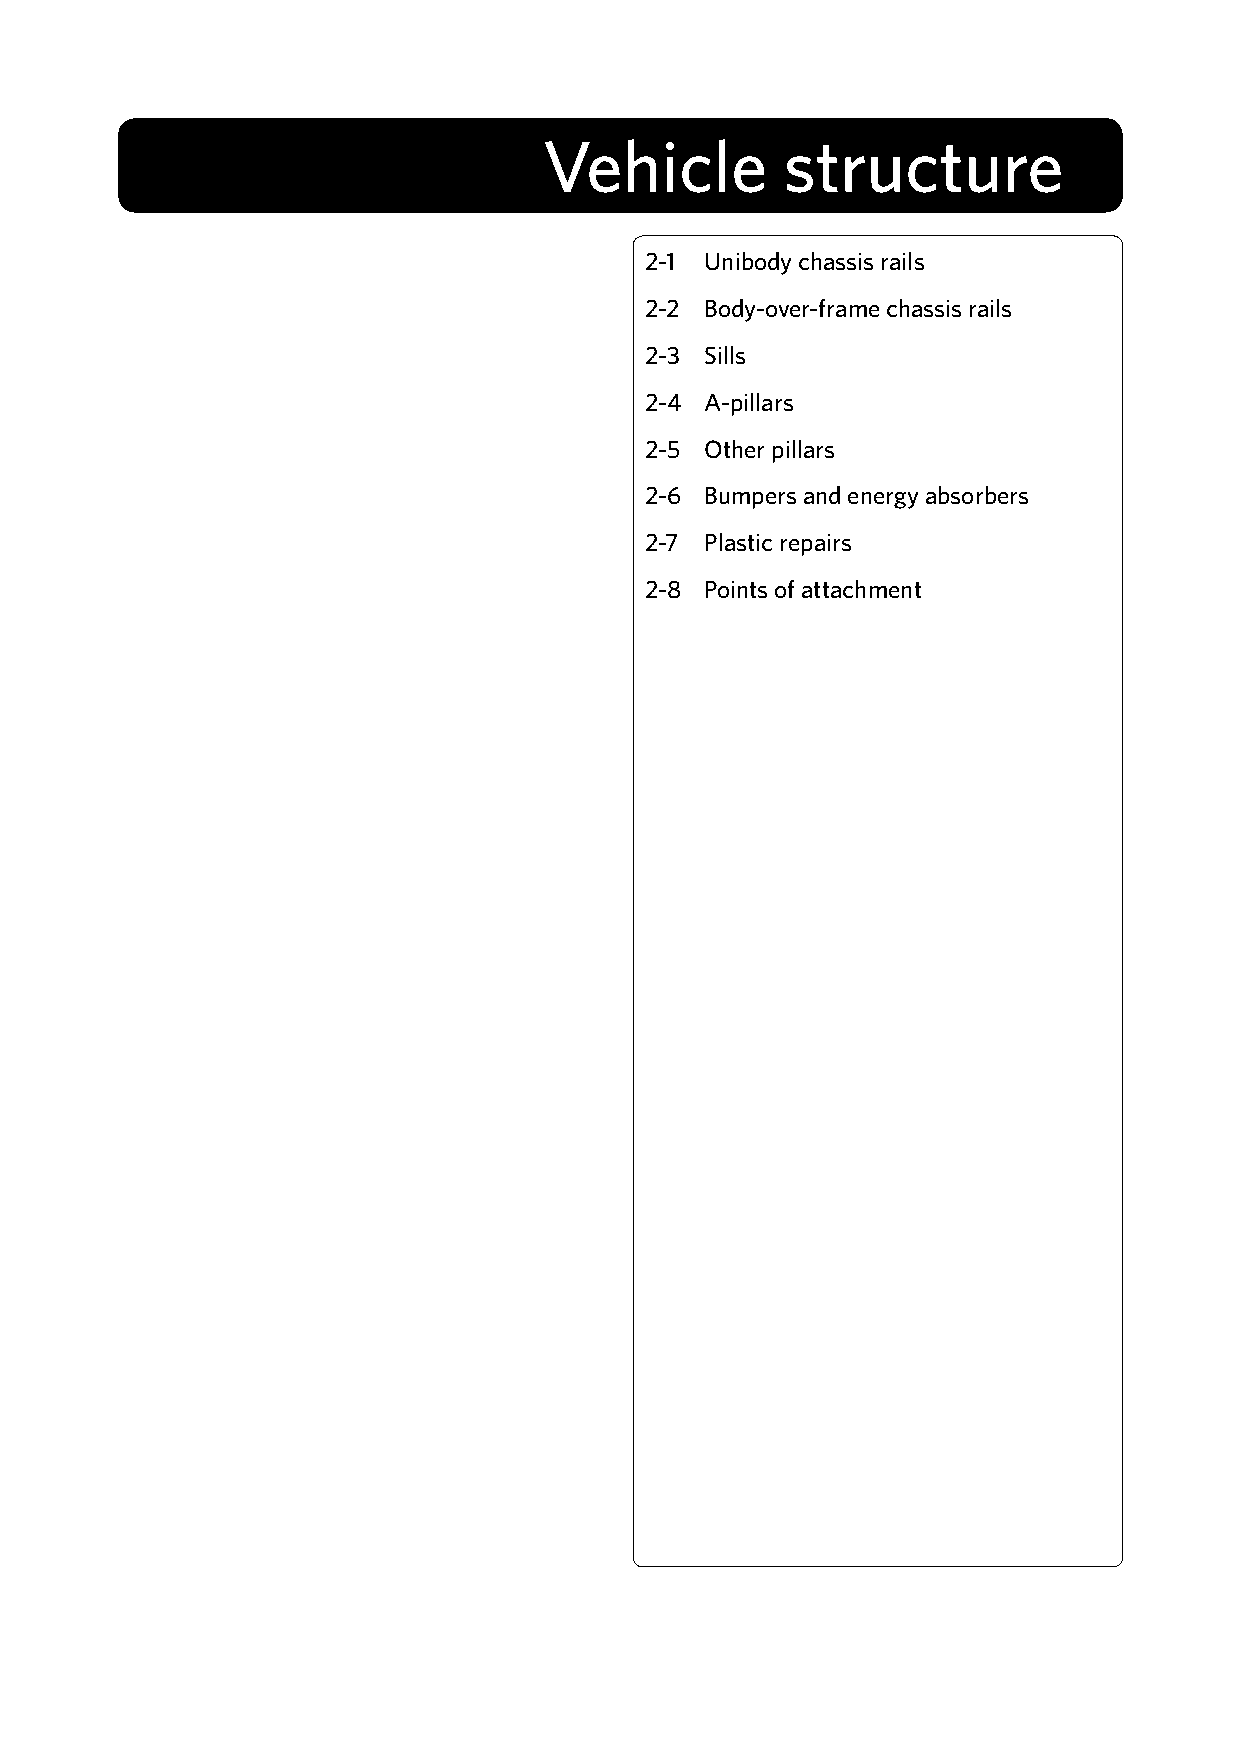
Vehicle         structure
 2-1 Unibody chassis rails
 2-2 Body-over-frame chassis rails
 2-3 Sills
 2-4 A-pillars
 2-5 Other pillars
 2-6 Bumpers and energy absorbers
 2-7 Plastic repairs
 2-8 Points of attachment